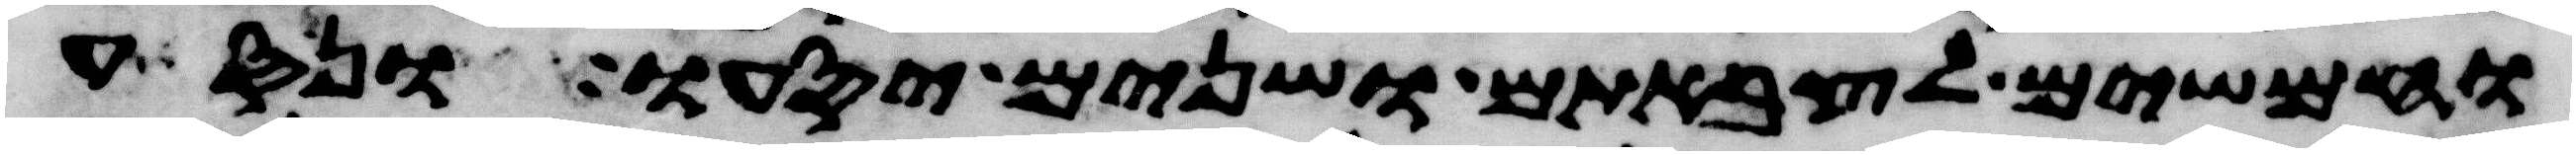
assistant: וחמשים לצבאתם ושנים יסעו ונסע